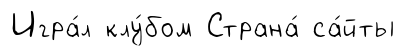
Игра́л клу́бом Страна́ са́йты